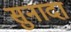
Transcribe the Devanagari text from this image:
सुनादा